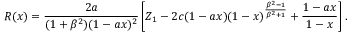
R ( x ) = { \frac { 2 a } { ( 1 + \beta ^ { 2 } ) ( 1 - a x ) ^ { 2 } } } \left[ { \cal Z } _ { 1 } - 2 c ( 1 - a x ) ( 1 - x ) ^ { \frac { \beta ^ { 2 } - 1 } { \beta ^ { 2 } + 1 } } + { \frac { 1 - a x } { 1 - x } } \right] .